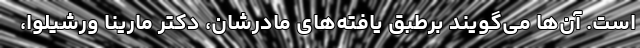
است. آن‌ها می‌گویند برطبق یافته‌های مادرشان، دکتر مارینا وُرُشیلوا،